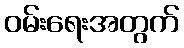
ဝမ်းရေးအတွက်